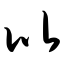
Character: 比